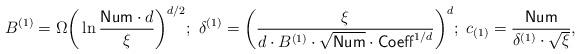
LaTeX: \begin{align*}B^{(1)} = \Omega\bigg( \ln \frac{\mathsf{Num} \cdot d}{\xi} \bigg)^{d/2} ; \ \delta^{(1)} = \bigg( \frac{\xi}{d \cdot B^{(1)} \cdot \sqrt{\mathsf{Num}} \cdot \mathsf{Coeff}^{1/d}} \bigg)^d; \ c_{(1)} = \frac{\mathsf{Num}}{\delta^{(1)} \cdot \sqrt{\xi}},\end{align*}